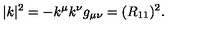
| k | ^ { 2 } = - k ^ { \mu } k ^ { \nu } g _ { \mu \nu } = ( R _ { 1 1 } ) ^ { 2 } .